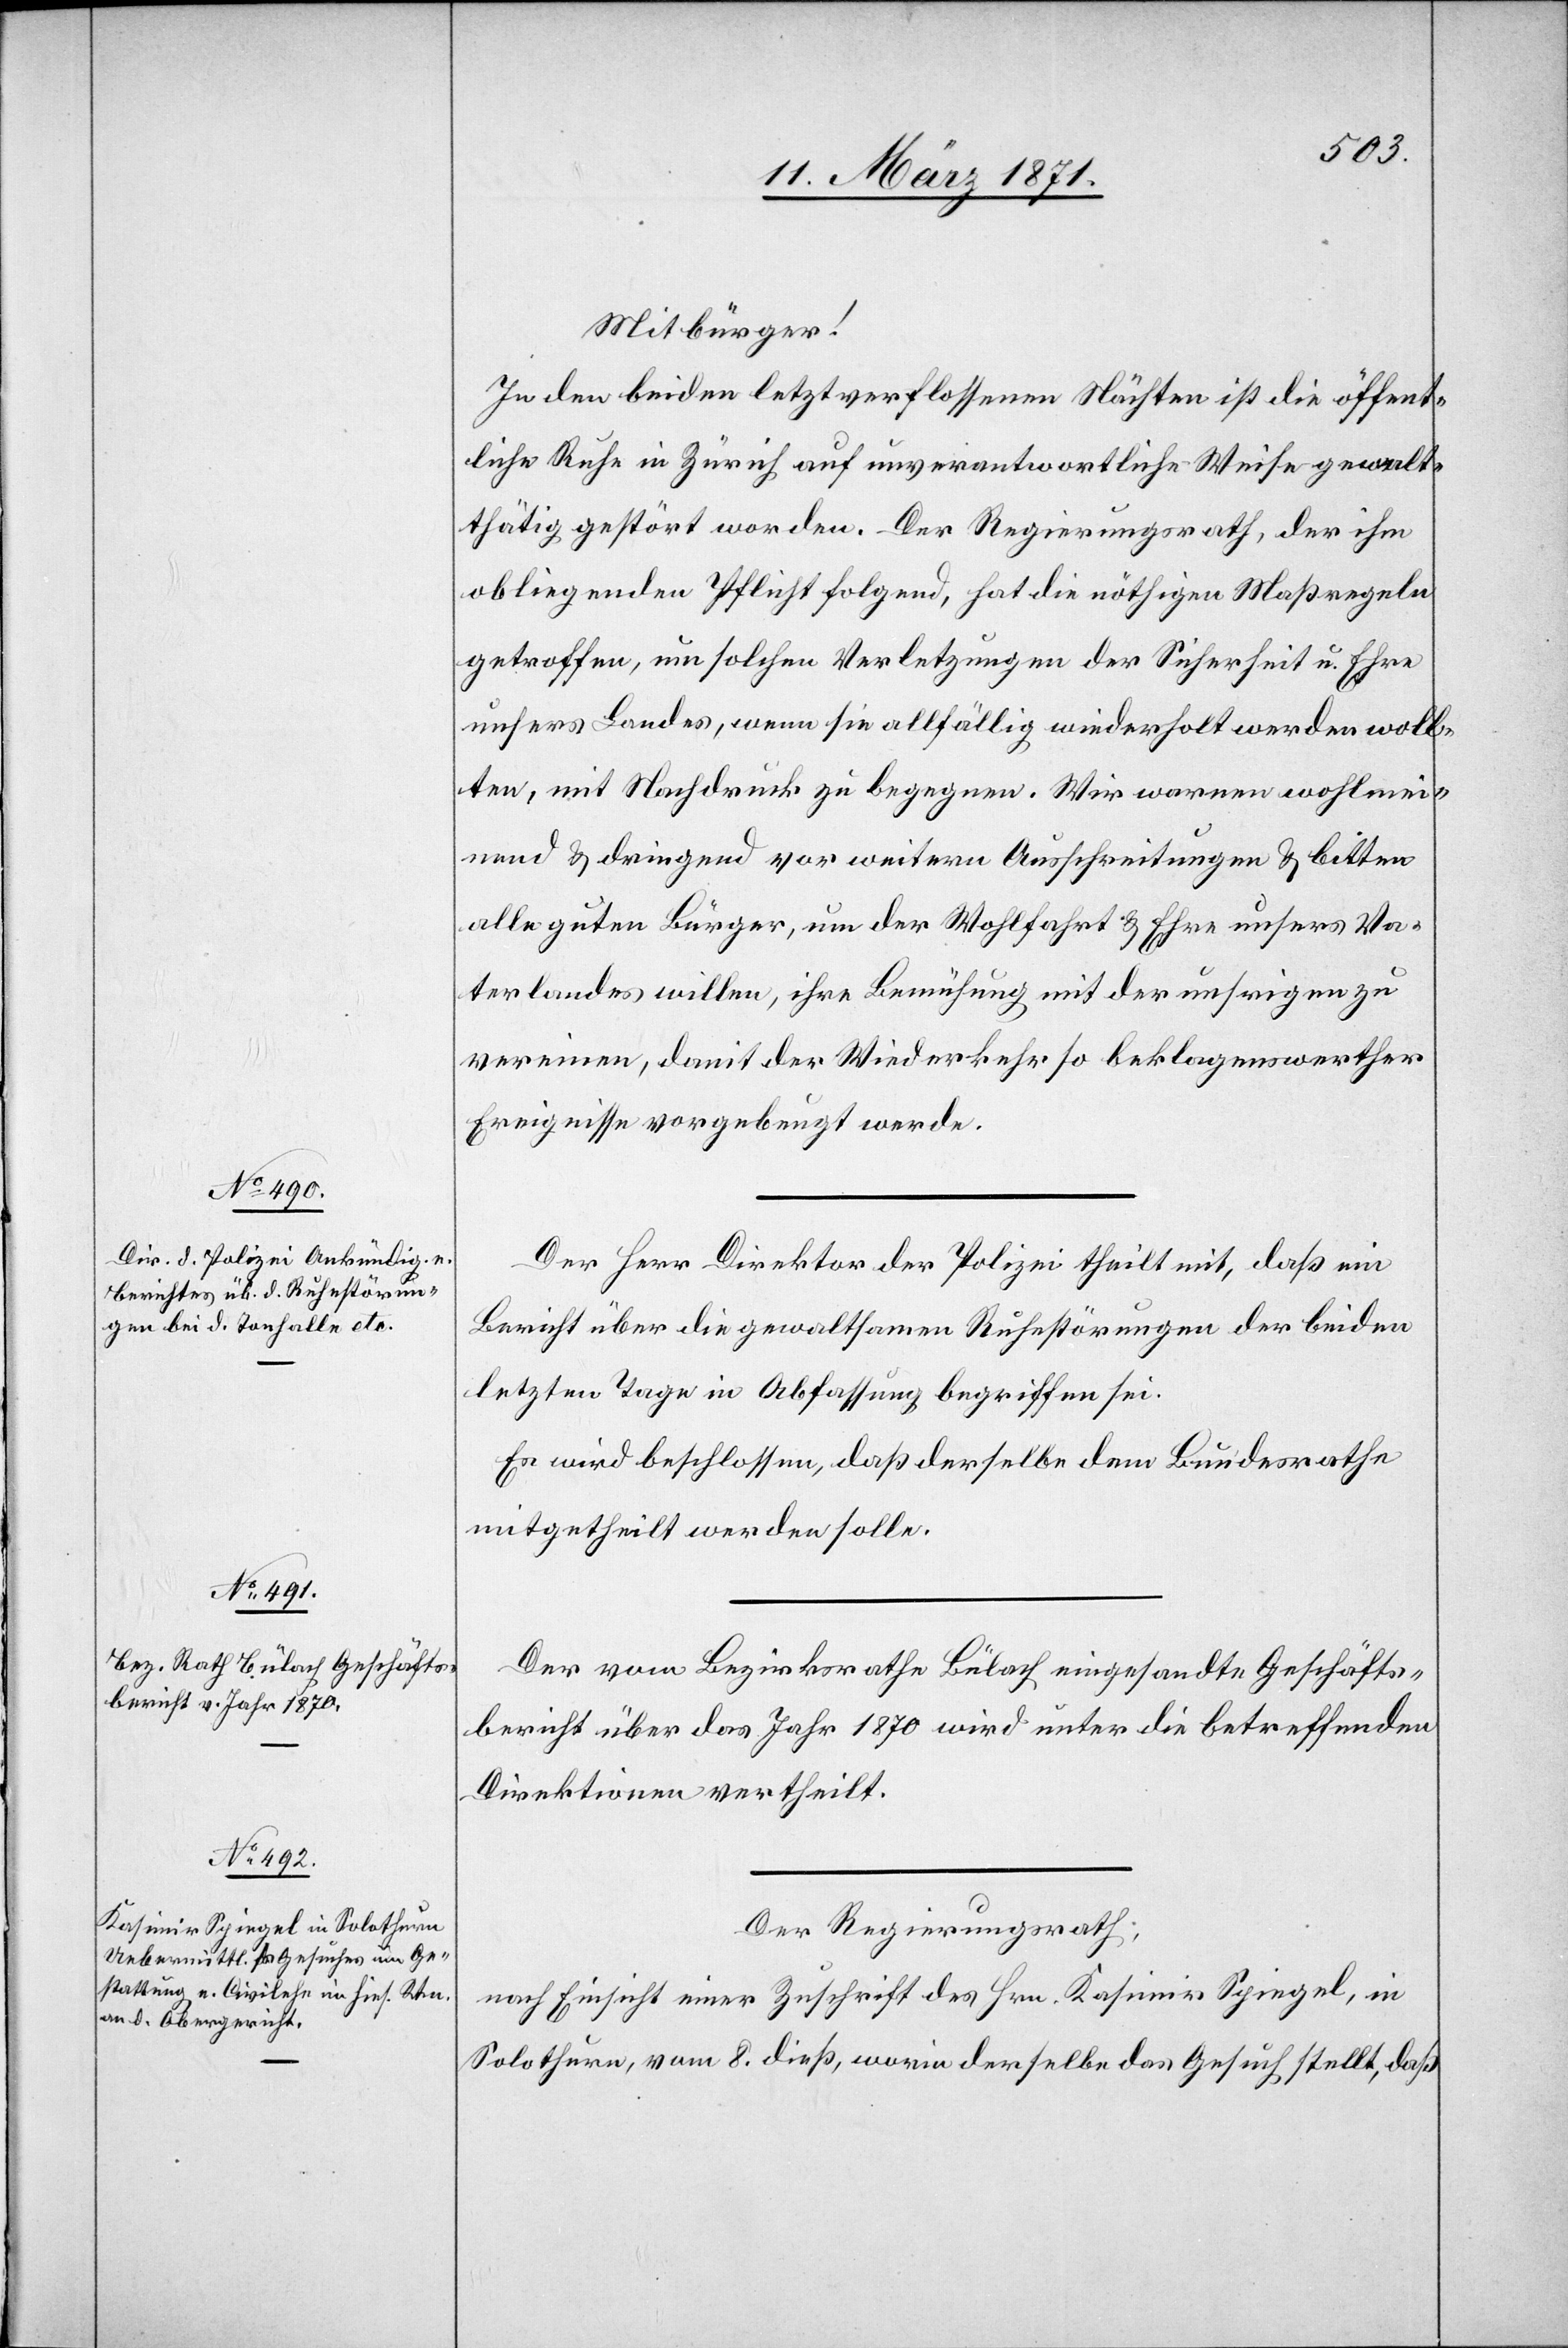
Mitbürger!
In den beiden letztverflossenen Nächten ist die öffent¬
liche Ruhe in Zürich auf unverantwortliche Weise gewalt¬
thätig gestört worden. Der Regierungsrath, der ihm
obliegenden Pflicht folgend, hat die nöthigen Maßregeln
getroffen, um solchen Verletzungen der Sicherheit u. Ehre
unseres Landes, wenn sie allfällig wiederholt werden woll¬
ten, mit Nachdruck zu begegnen. Wir warnen wohlmei¬
nend u. dringend vor weitern Ausschreitungen u. bitten
alle guten Bürger, um der Wohlfahrt u. Ehre unsers Va¬
terlandes willen, ihre Bemühung mit der unsrigen zu
vereinen, damit der Wiederkehr so beklagenswerther
Ereignisse vorgebeugt werde.
Der Herr Direktor der Polizei theilt mit, daß ein
Bericht über die gewaltsamen Ruhestörungen der beiden
letzten Tage in Abfassung begriffen sei.
Es wird beschlossen, daß derselbe dem Bundesrathe
mitgetheilt werden solle.
Der vom Bezirksrathe Bülach eingesandte Geschäfts¬
bericht über das Jahr 1870 wird unter die betreffenden
Direktionen vertheilt.
Der Regierungsrath,
nach Einsicht einer Zuschrift des Hrn. Kasimir Spiegel, in
Solothurn, vom 8. dieß, worin derselbe das Gesuch stellt, daß